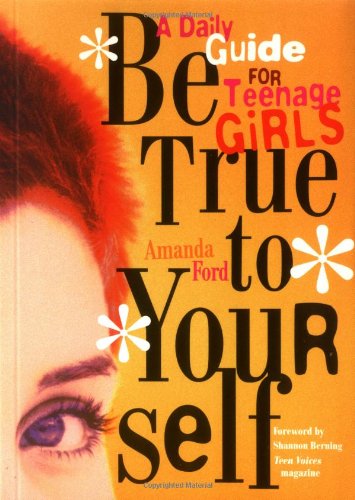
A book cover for Be True to Yourself: A Daily Guide for Teenage Girls; Amanda Ford; Teen & Young Adult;